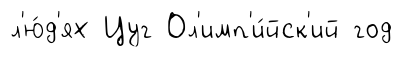
л'ю́д'ях Цуг Ол'имп'и́йск'ий год